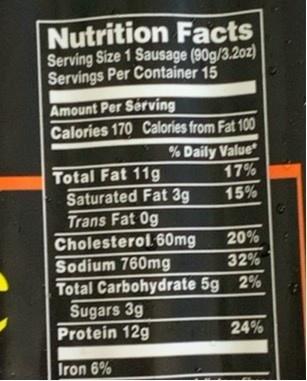
Nutrition Facts Serving Size 1 Sausage (90g/3.20z) Servings Per Container 15
Amount Per Sérving Calories 170 Calories from Fat 100
% Daily Value
Total Fat 11g Saturated Fat 3g Trans Fat 0g Cholesterol 60mg Sodium 760mg Total Carbohydrate 5g 2% Sugars 3g Protein 12g
17%
15%
20%
32%
24%
Iron 6%